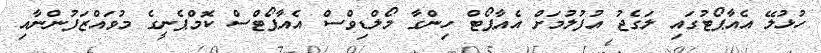
ހުޅުލޭ އެއާޕޯޓުގައި ލަގެޖު އުފުލުމަށް އެއާޕޯޓް ހިންގާ މޯލްޑިވްސް އެއާޕޯޓްސް ކޮމްޕެނީގެ މުވައްޒަފުންނާއި